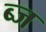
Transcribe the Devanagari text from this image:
ब्ज